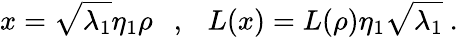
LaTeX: x=\sqrt{\lambda_{1}}\eta_{1}\rho\ \ \ ,\ \ \ L(x)=L(\rho)\eta_{1}\sqrt{\lambda_{1}}\ .